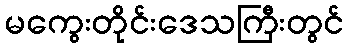
မကွေးတိုင်းဒေသကြီးတွင်